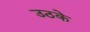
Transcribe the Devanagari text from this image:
उठके